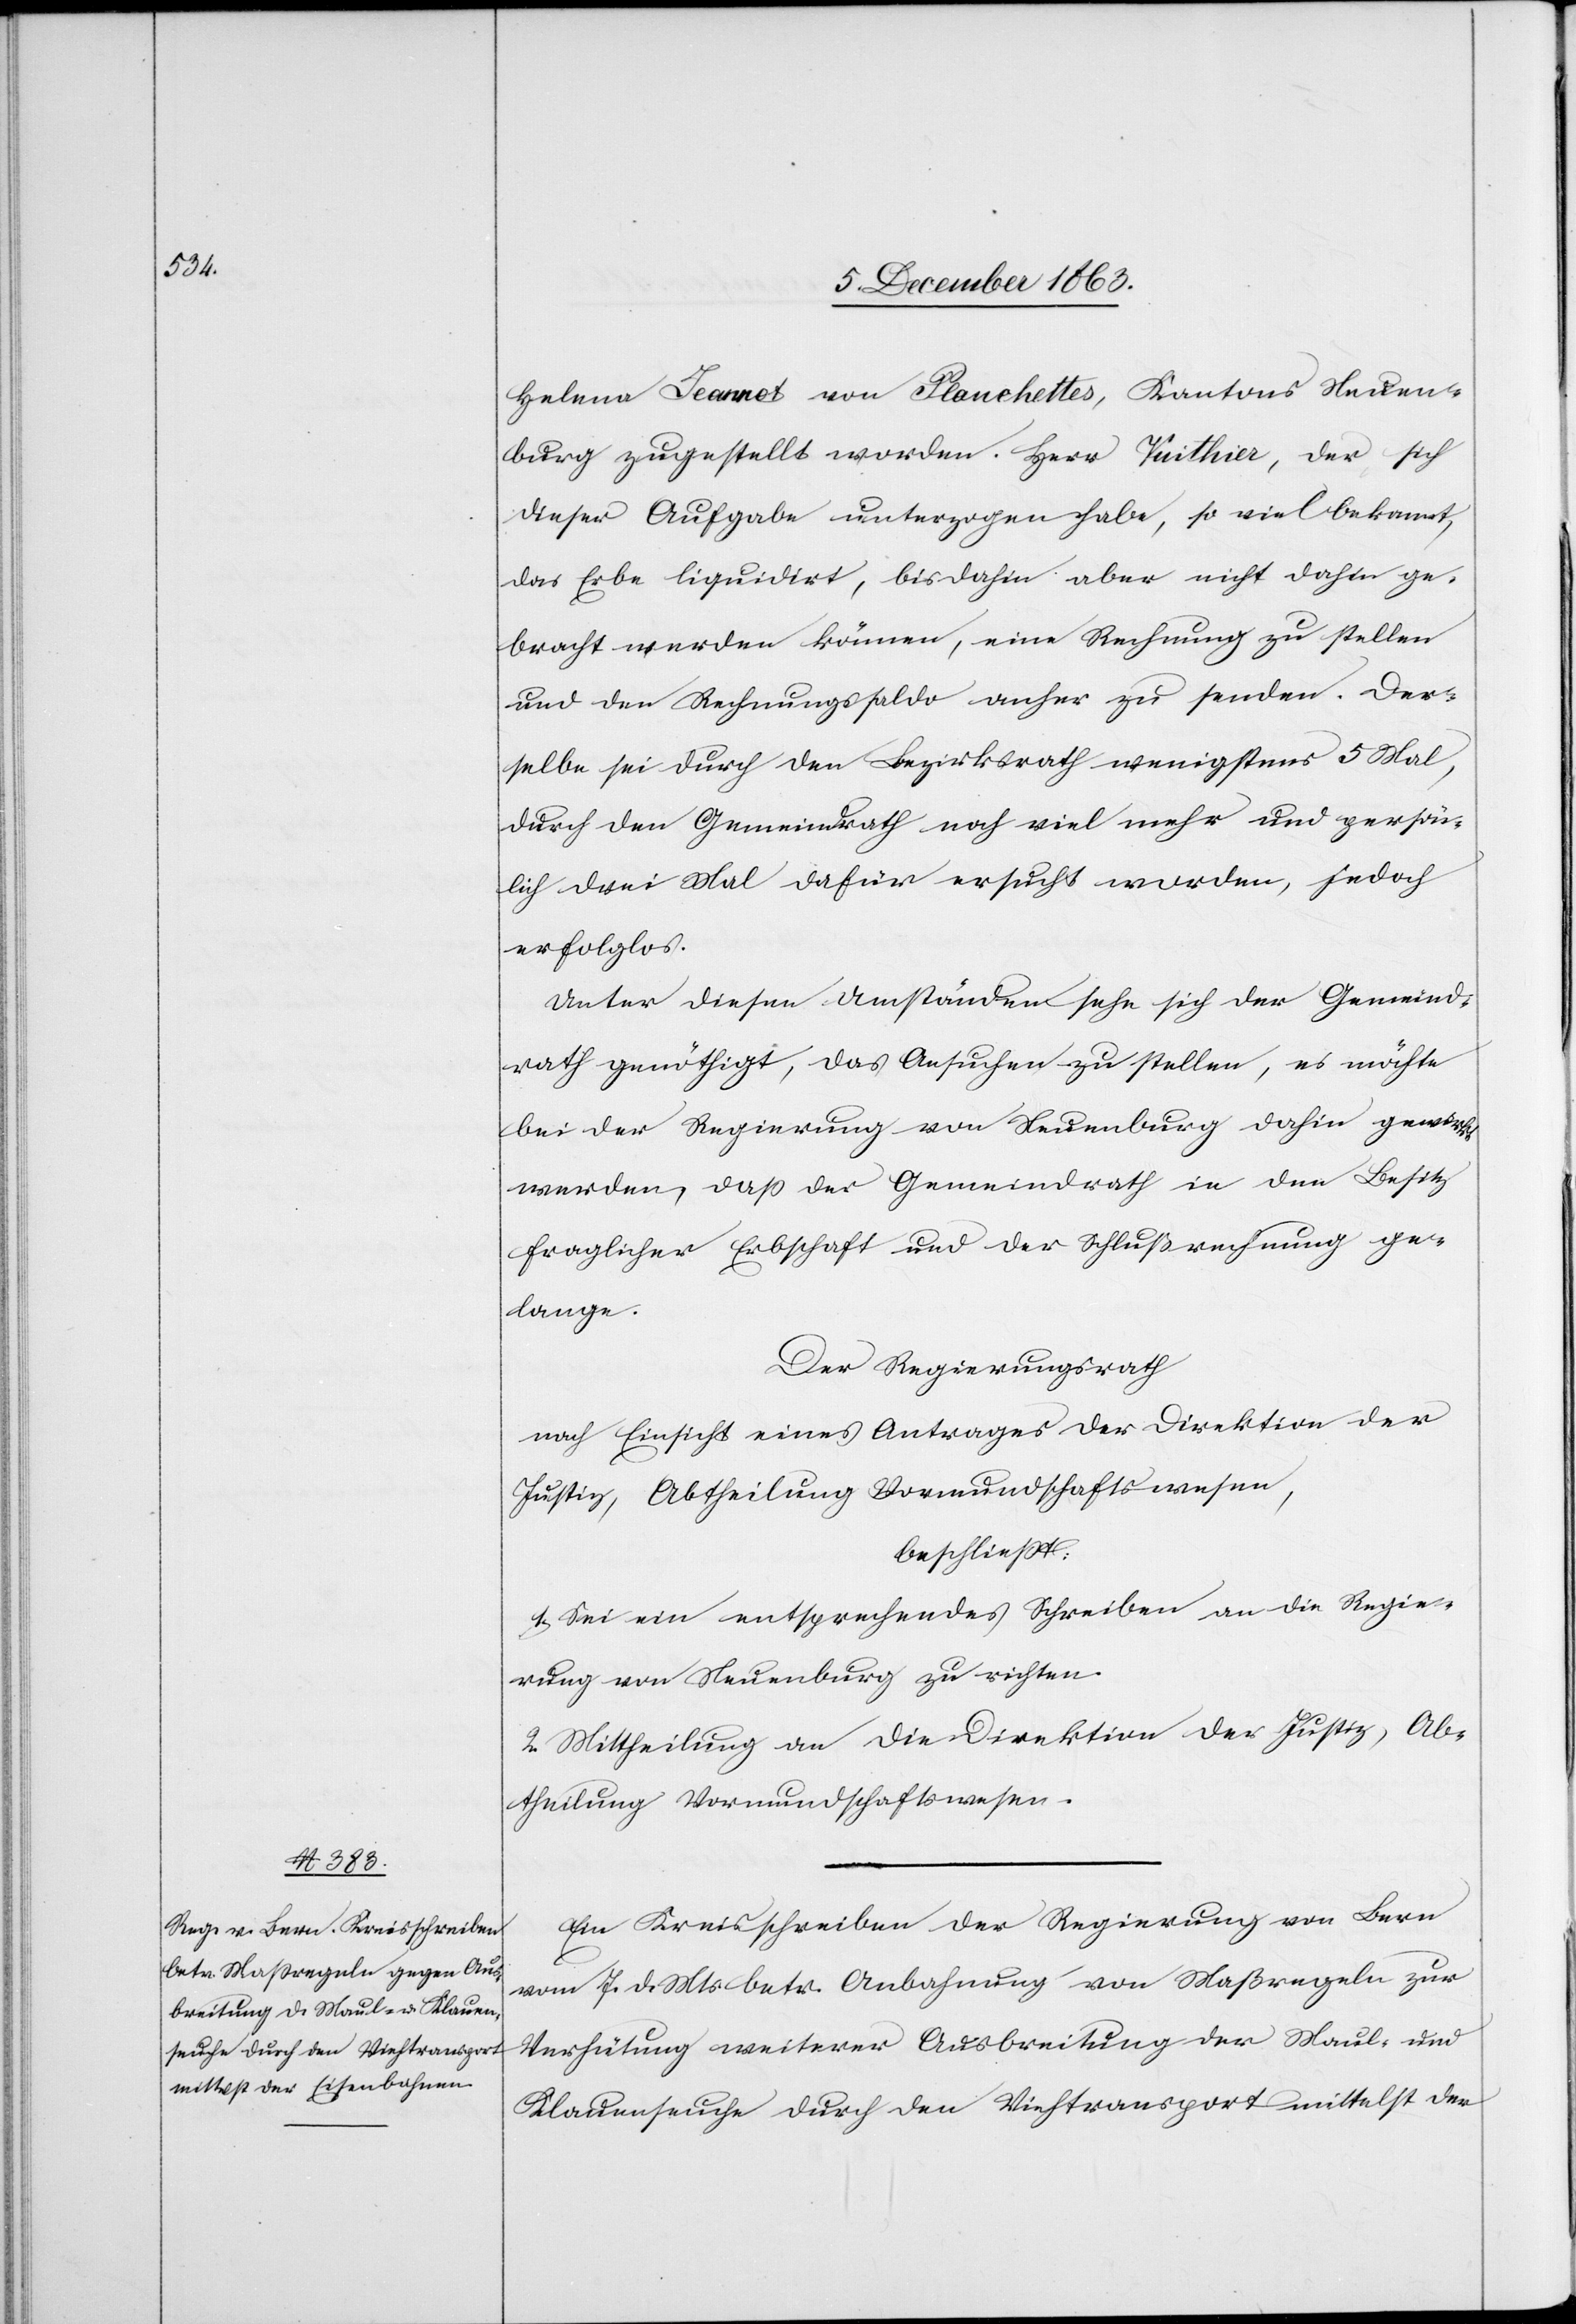
9. December 1863.]
Helena Jeannot von Planchettes, Kantons Neuen¬
burg zugestellt worden. Herr Vuithier, der sich
dieser Aufgabe unterzogen[,] habe, so viel bekannt,
das Erbe liquidirt, bis dahin aber nicht dahin ge¬
bracht werden können, eine Rechnung zu stellen
und den Rechnungssaldo anher zu senden. Der¬
selbe sei durch den Bezirksrath wenigstens 5 Mal,
durch den Gemeindrath noch viel mehr und persön¬
lich drei Mal dafür ersucht worden, jedoch
erfolglos.
Unter diesen Umständen sehe sich der Gemeind¬
rath genöthigt, das Ansuchen zu stellen, es möchte
bei der Regierung von Neuenburg dahin gewirkt
werden, dass der Gemeindrath in den Besitz
fraglicher Erbschaft und der Schlußrechnung ge¬
lange.
Der Regierungsrath
nach Einsicht eines Antrages der Direktion der
Justiz, Abtheilung Vormundschaftswesen,
beschließt:
1. Sei ein entsprechendes Schreiben an die Regie¬
rung von Neuenburg zu richten.
2. Mittheilung an die Direktion der Justiz, Ab¬
theilung Vormundschaftswesen.
Ein Kreisschreiben der Regierung von Bern
vom 7. d. Mts. betr. Anbahnung von Maßregeln zur
Verhütung weiterer Ausbreitung der Maul- und
Klauenseuche durch den Viehtransport mittelst der